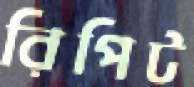
রিপিট